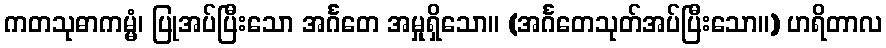
ကတသုဓာကမ္မံ၊ ပြုအပ်ပြီးသော အင်္ဂတေ အမှုရှိသော။ (အင်္ဂတေသုတ်အပ်ပြီးသော။) ဟရိတာလ